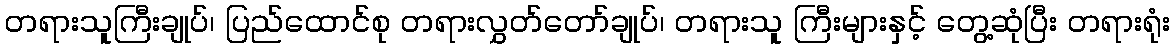
တရားသူကြီးချုပ်၊ ပြည်ထောင်စု တရားလွှတ်တော်ချုပ်၊ တရားသူ ကြီးများနှင့် တွေ့ဆုံပြီး တရားရုံး